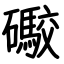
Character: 礮